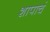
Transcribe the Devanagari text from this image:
शापाचं